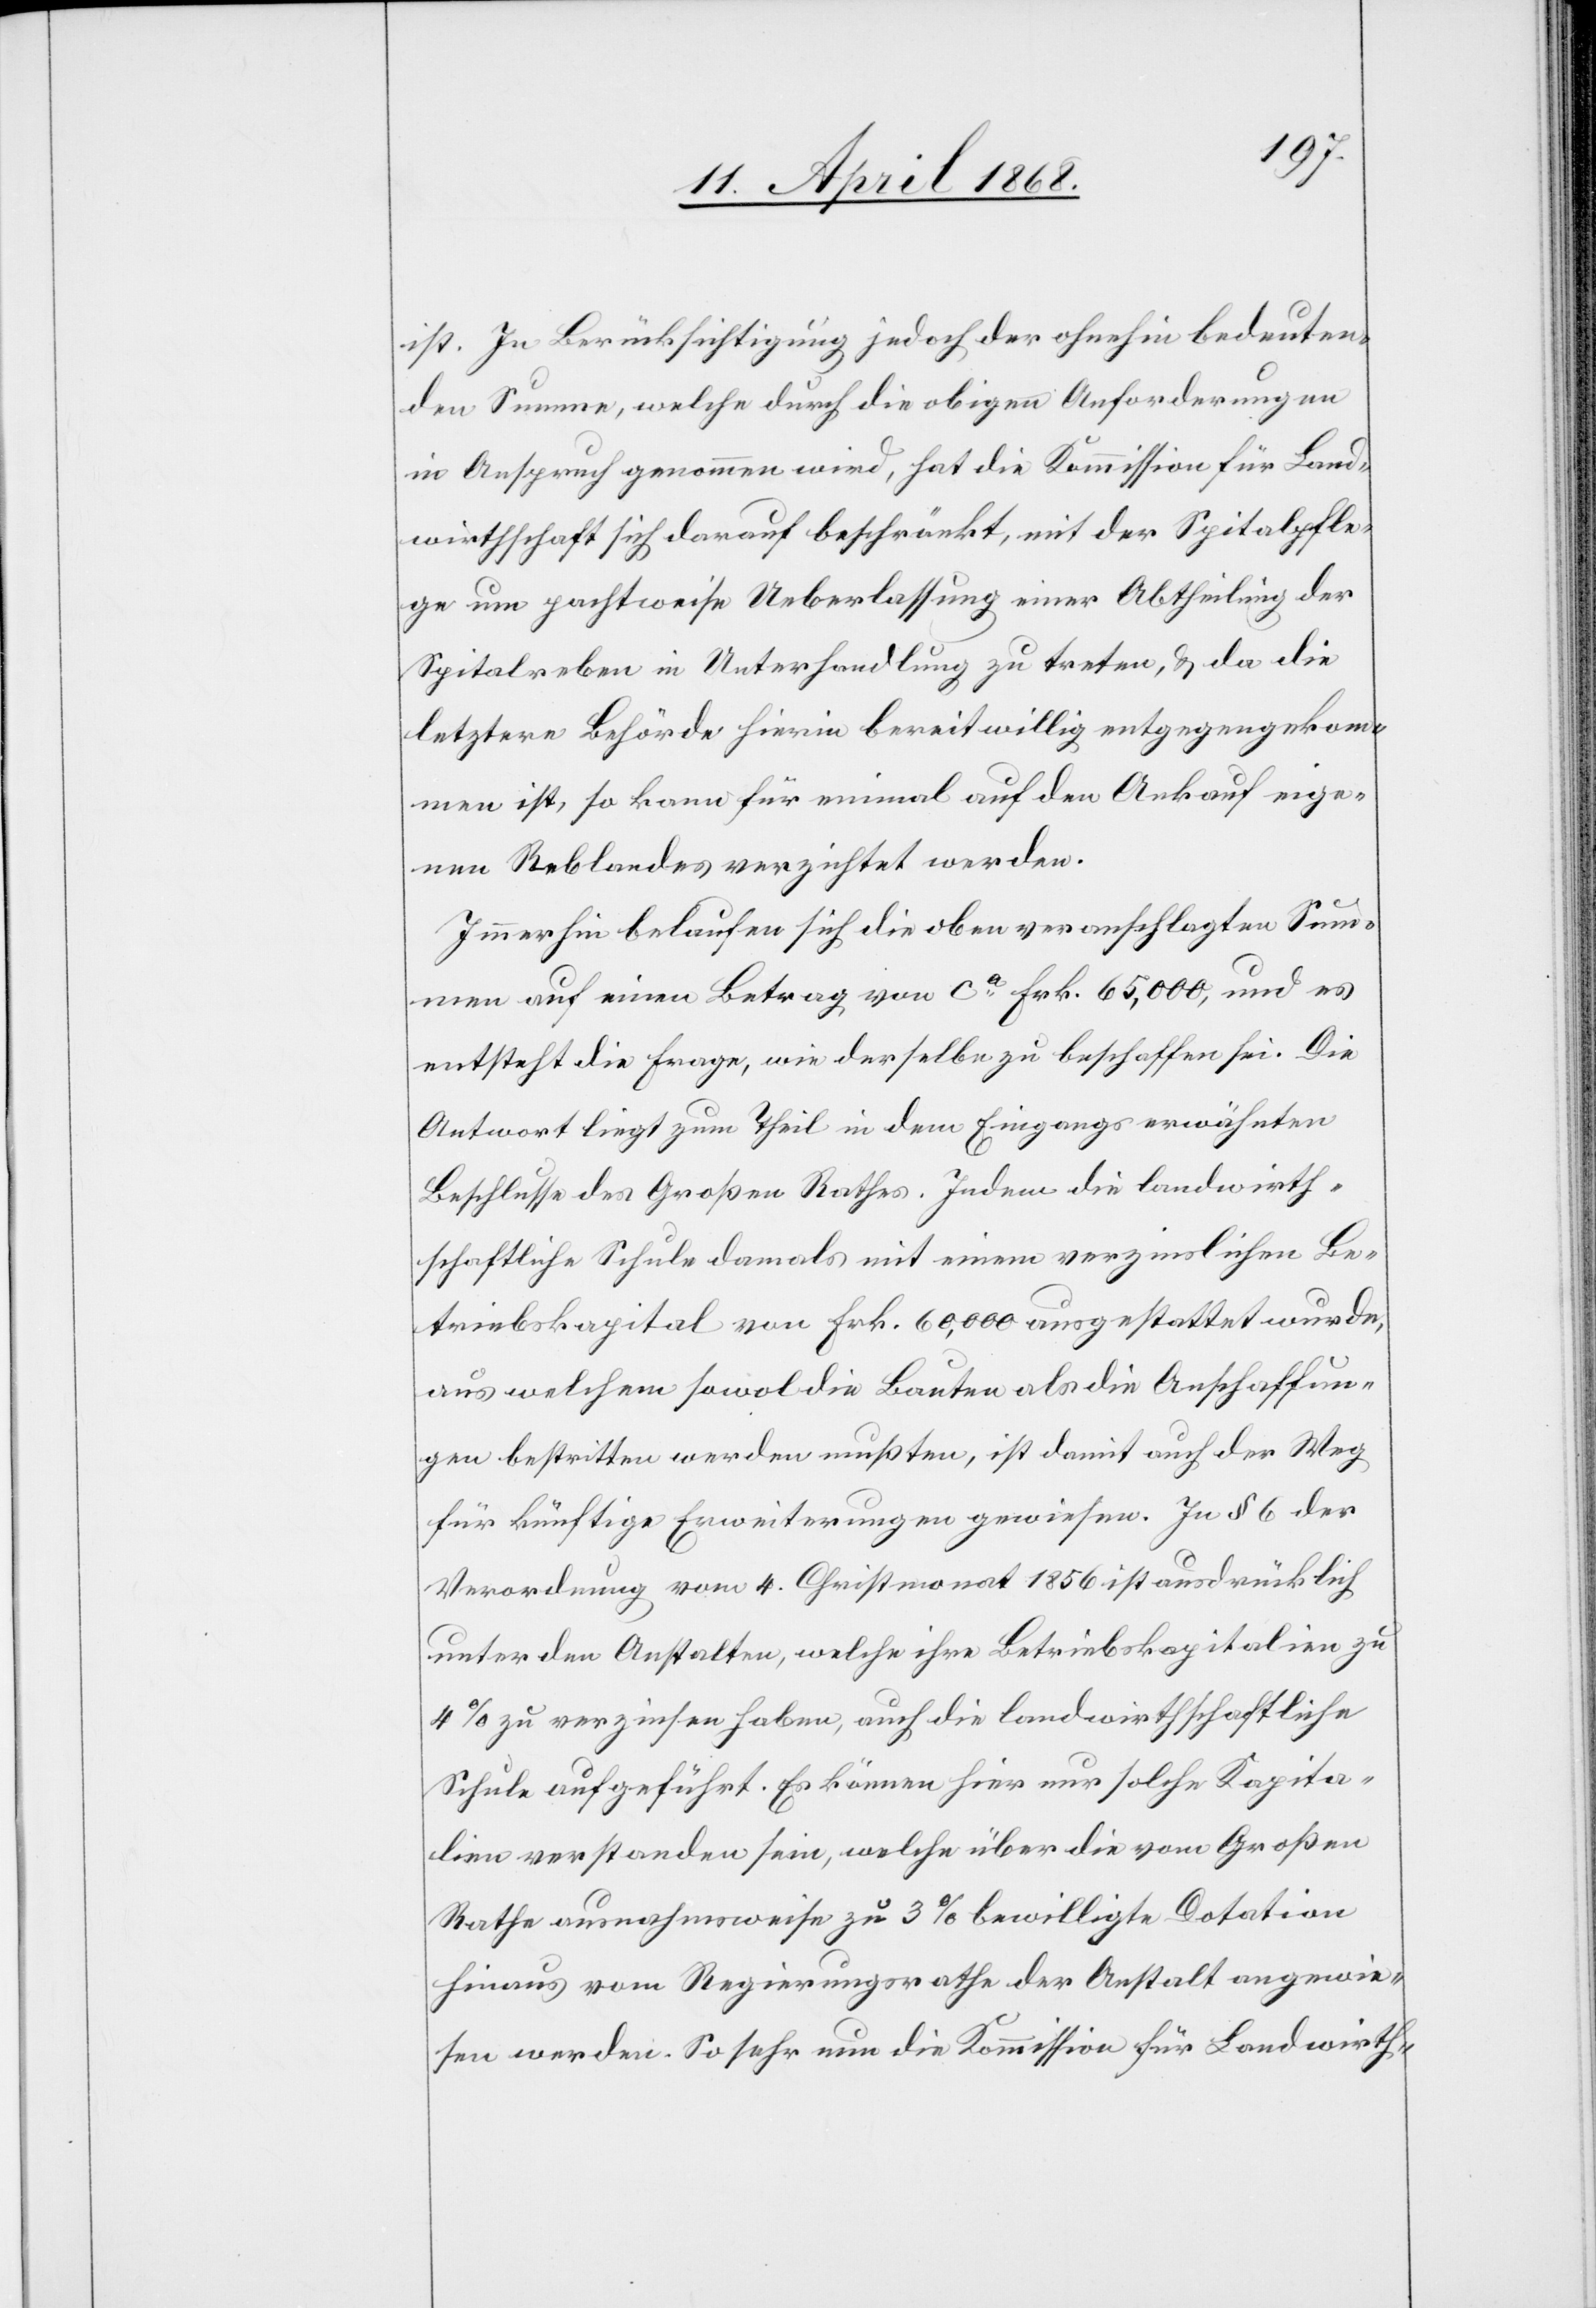
ist. In Berücksichtigung jedoch der ohnehin bedeuten¬
den Summe, welche durch die obigen Anforderungen
in Anspruch genommen wird, hat die Kommission für Land¬
wirthschaft sich darauf beschränkt, mit der Spitalpfle¬
ge um pachtweise Ueberlassung einer Abtheilung der
Spitalreben in Unterhandlung zu treten, & da die
letztere Behörde hierin bereitwillig entgegengekom¬
men ist, so kann für einmal auf den Ankauf eige¬
nen Reblandes verzichtet werden.
Immerhin belaufen sich die oben veranschlagten Sum¬
men auf einen Betrag von ca. Frk. 65,000, und es
entsteht die Frage, wie derselbe zu beschaffen sei. Die
Antwort liegt zum Theil in dem Eingangs erwähnten
Beschlusse des Großen Rathes. Indem die landwirth¬
schaftliche Schule damals mit einem verzinslichen Be¬
triebskapital von Frk. 60,000 ausgestattet wurde,
aus welchem sowol die Bauten als die Anschaffun¬
gen bestritten werden mußten, ist damit auch der Weg
für künftige Erweiterungen gewiesen. In § 6 der
Verordnung vom 4. Christmonat 1856 ist ausdrücklich
unter den Anstalten, welche ihre Betriebskapitalien zu
4% zu verzinsen haben, auch die landwirthschaftliche
Schule aufgeführt. Es können hier nur solche Kapita¬
lien verstanden sein, welche über die vom Großen
Rathe ausnahmsweise zu 3% bewilligte Dotation
hinaus vom Regierungsrathe der Anstalt angewie¬
sen werden. So sehr nun die Kommission für Landwirth-